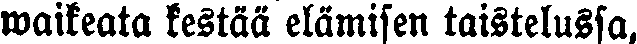
waikeata kestää elämisen taistelussa,